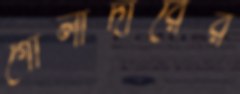
গোলাদারের